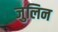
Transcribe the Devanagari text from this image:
जुलिन